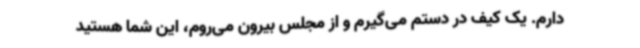
دارم. یک کیف در دستم می‌گیرم و از مجلس بیرون می‌روم، این شما هستید